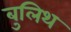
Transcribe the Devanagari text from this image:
बुलिथ